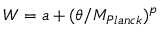
W = a + ( \theta / M _ { P l a n c k } ) ^ { p }